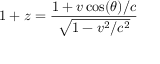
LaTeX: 1 + z = { \frac { 1 + v \cos ( \theta ) / c } { \sqrt { 1 - v ^ { 2 } / c ^ { 2 } } } }